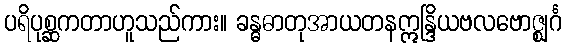
ပရိပုစ္ဆကတာဟူသည်ကား။ ခန္ဓဓာတုအာယတနဣန္ဒြိယဗလဗောဇ္ဈင်္ဂ